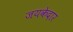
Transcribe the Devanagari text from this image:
जयकेदार